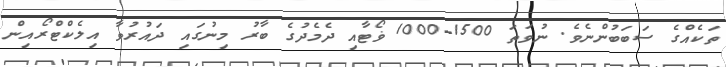
ތަކެއްގެ ސަބަބުންނެވެ. ނުވަތަ 1500-1000 ޥޯޓާއި ދެމެދުގެ ބާރު މިނުގައި ދައުރުވާ އިލެކްޓްރޯއިން